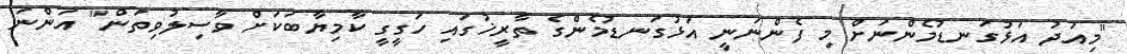
"މިއަދު އަޅުގަނޑުމެންނަށް މި ފެންނަނީ އަޅުގަނޑުމެންގެ ތާރީޚުގައި ހަގީގީ ކާމިޔާބަކަށް ވާސިލުވިތަން" އަންނަ